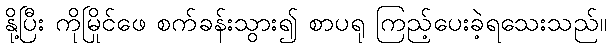
နို့ပြီး ကိုမြိုင်ဖေ စက်ခန်းသွား၍ စာပရု ကြည့်ပေးခဲ့ရသေးသည်။